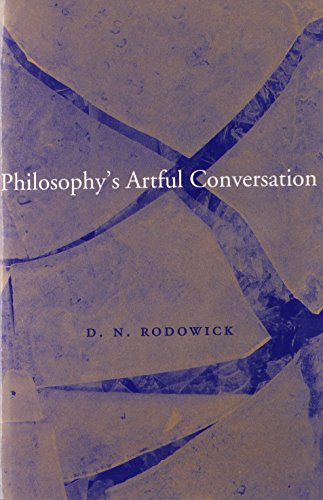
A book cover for Philosophy's Artful Conversation; D. N. Rodowick; Politics & Social Sciences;